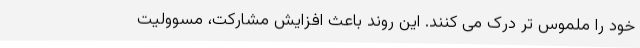
خود را ملموس تر درک می کنند. این روند باعث افزایش مشارکت، مسوولیت